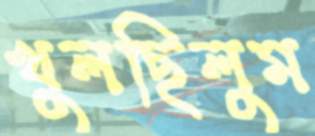
খুলছিলুম